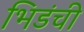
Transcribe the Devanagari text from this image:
भिडंची